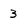
Character: 3